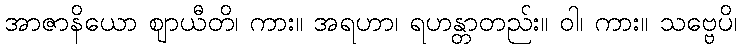
အာဇာနိယော ဈာယီတိ၊ ကား။ အရဟာ၊ ရဟန္တာတည်း။ ဝါ၊ ကား။ သဗ္ဗေပိ၊